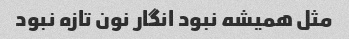
مثل همیشه نبود انگار نون تازه نبود